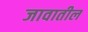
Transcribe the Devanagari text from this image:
जावातील